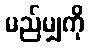
မည်မျှကို